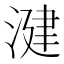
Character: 湕